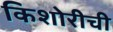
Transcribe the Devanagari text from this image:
किशोरीची